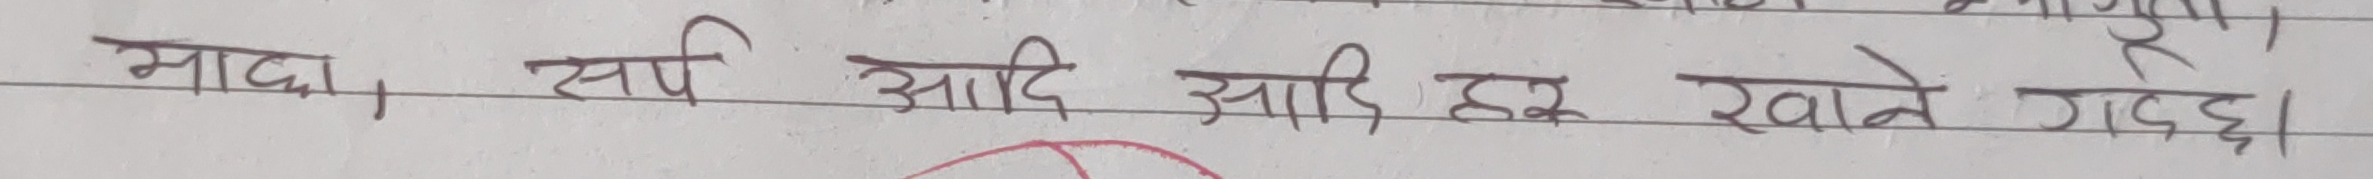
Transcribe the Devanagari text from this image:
माछा, सर्प आदि आदि हरु खाने गर्छ।